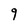
Character: 9